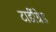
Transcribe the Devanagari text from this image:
टार्डीग्रेड